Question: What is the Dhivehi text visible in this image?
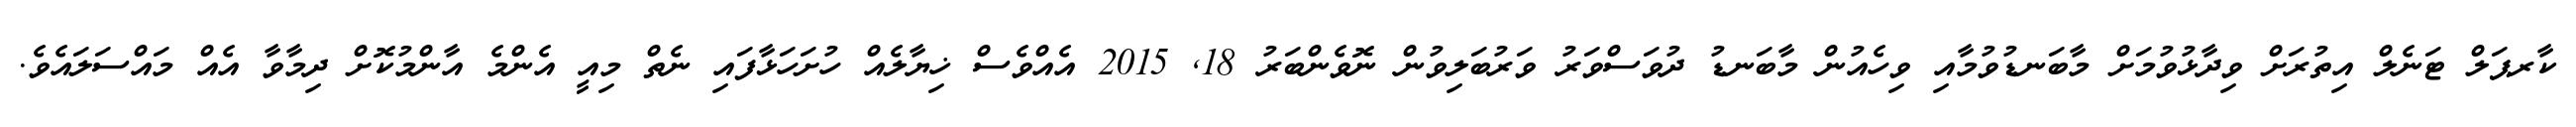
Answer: ކާރޕަލް ޓަނެލް އިތުރަށް ވިދާޅުވުމަށް މާބަނޑުވުމާއި ވިހެއުން މާބަނޑު ދުވަސްވަރު ވަރުބަލިވުން ނޮވެންބަރު 18, 2015 އެއްވެސް ޚިޔާލެއް ހުށަހަޅާފައި ނެތް މިއީ އެންމެ އާންމުކޮށް ދިމާވާ އެއް މައްސަލައެވެ.